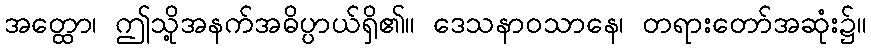
အတ္ထော၊ ဤသို့အနက်အဓိပ္ပာယ်ရှိ၏။ ဒေသနာဝသာနေ၊ တရားတော်အဆုံး၌။